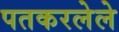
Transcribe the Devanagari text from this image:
पतकरलेले